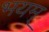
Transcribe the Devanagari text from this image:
भयम्